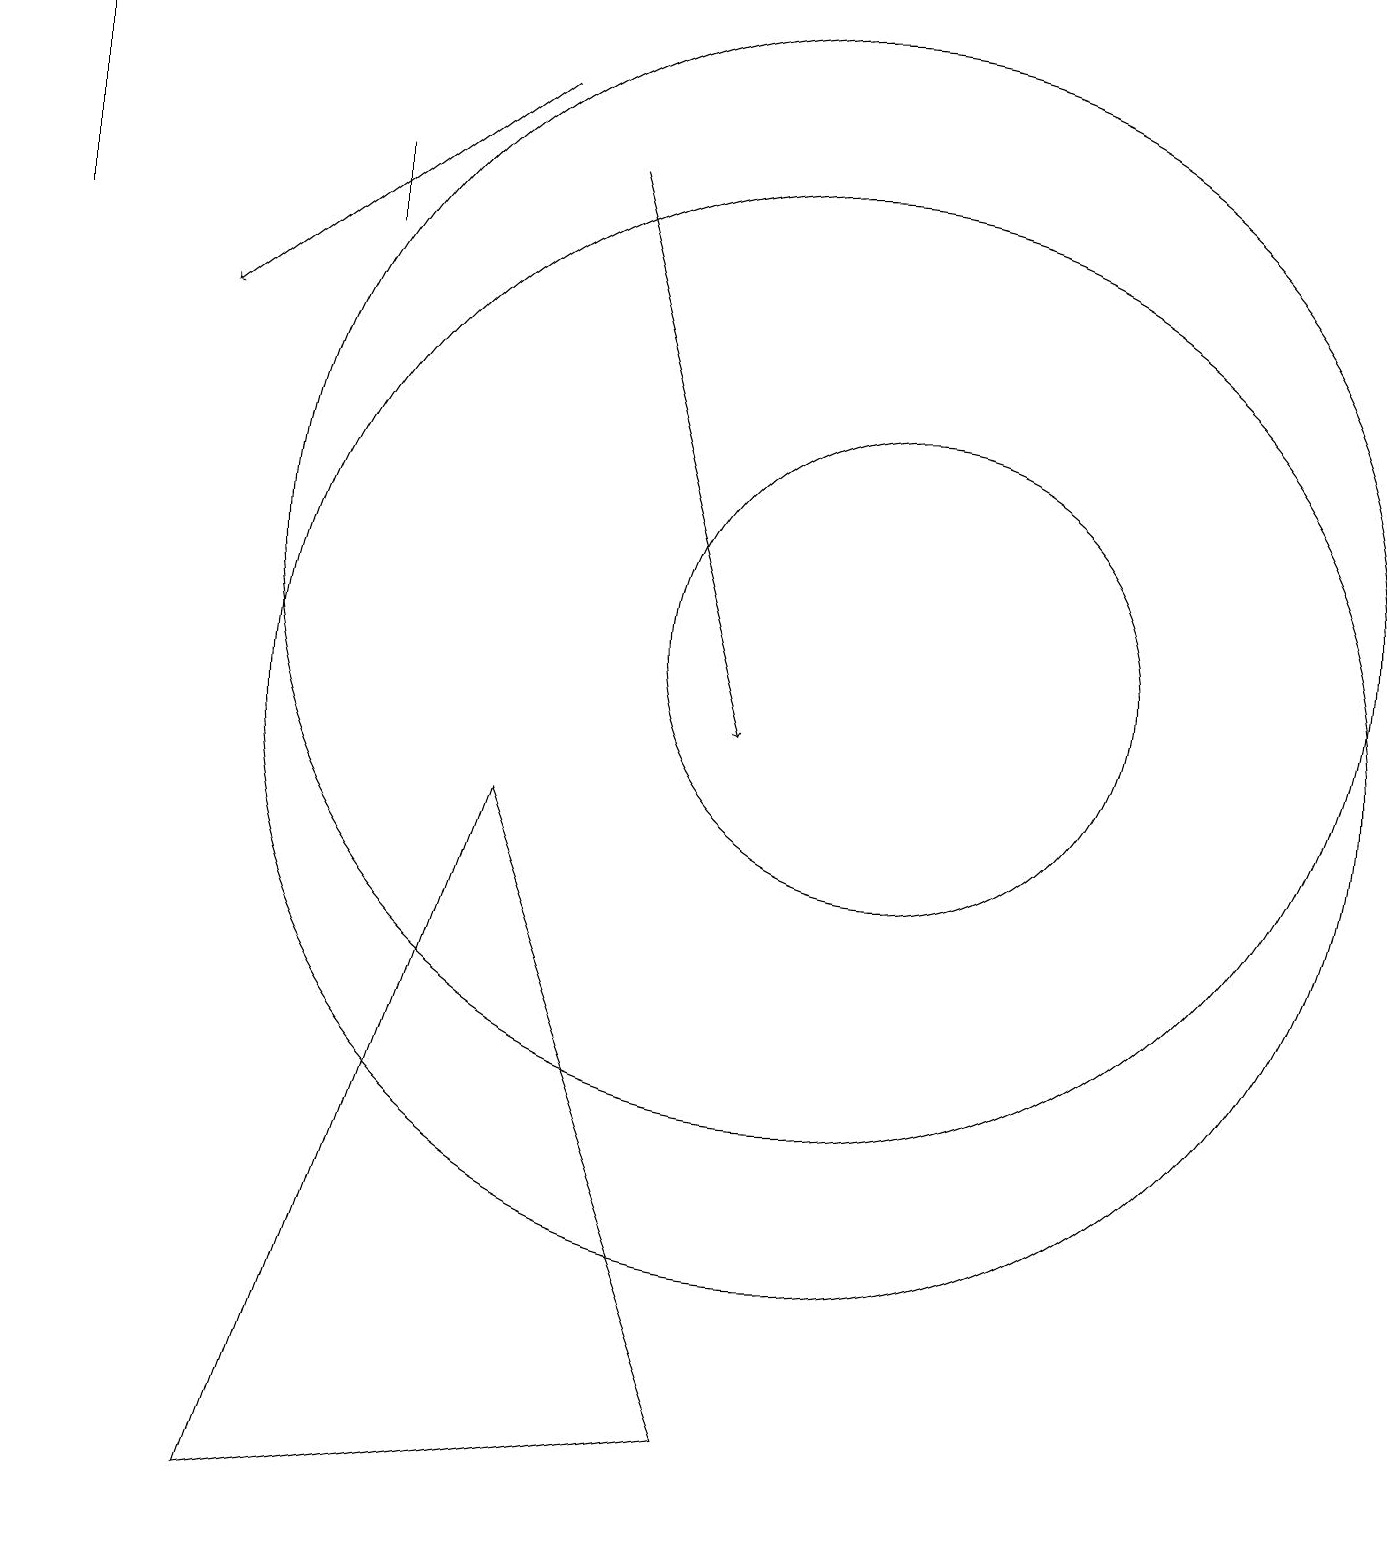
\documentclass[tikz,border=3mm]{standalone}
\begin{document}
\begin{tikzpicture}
\draw (11,11) circle (3);
\draw[->] (7,17) -- (9,10);
\draw (10,10) circle (7);
\draw[->] (6,18) -- (2,15);
\draw (10,12) circle (7);
\draw (4,17) rectangle (4,16);
\draw (6,9) -- (3,0) -- (9,1) -- cycle;
\draw[->] (0,16) -- (0,19);
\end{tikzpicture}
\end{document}